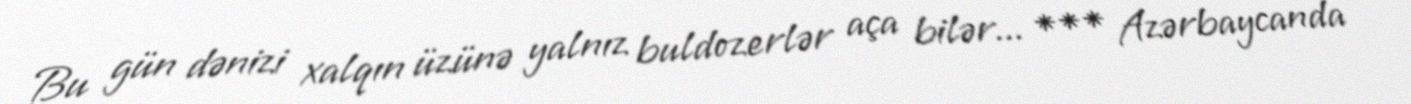
Bu gün dənizi xalqın üzünə yalnız buldozerlər aça bilər... *** Azərbaycanda